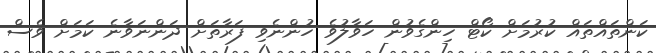
ކަންތައްތައް ކުރުމަށް ކޯޓް ހިންގެވުން ހަވާލުވެ ހުންނެވި ފަރާތަށް ދަންނަވާނެ ކަމަށް ވެސް